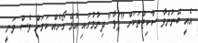
އެއީ ބޭނުންވާ ސާކިޓްތަކަށް "ޕަވާ" ދިނުމުގައި އުޅޭ ގޯހެއް ކަމަށް ވެސް ވަނީ